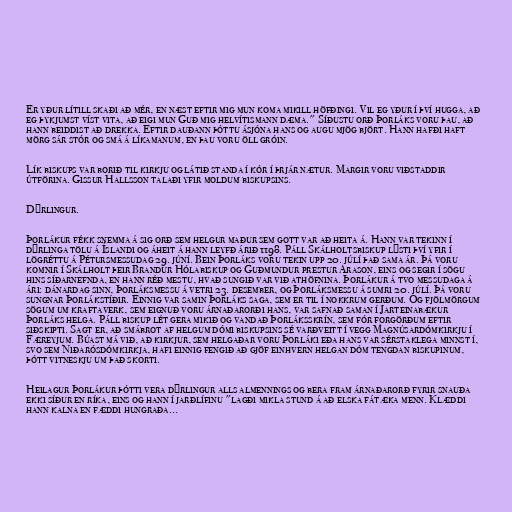
Er yður lítill skaði að mér, en næst eftir mig mun koma mikill höfðingi. Vil eg yður í því hugga, að
eg þykjumst víst vita, að eigi mun Guð mig helvítismann dæma." Síðustu orð Þorláks voru þau, að
hann beiddist að drekka. Eftir dauðann þóttu ásjóna hans og augu mjög björt. Hann hafði haft
mörg sár stór og smá á líkamanum, en þau voru öll gróin.

Lík biskups var borið til kirkju og látið standa í kór í þrjár nætur. Margir voru viðstaddir
útförina. Gissur Hallsson talaði yfir moldum biskupsins.

Dýrlingur.

Þorlákur fékk snemma á sig orð sem helgur maður sem gott var að heita á. Hann var tekinn í
dýrlinga tölu á Íslandi og áheit á hann leyfð árið 1198. Páll Skálholtsbiskup lýsti því yfir í
lögréttu á Pétursmessudag 29. júní. Bein Þorláks voru tekin upp 20. júlí það sama ár. Þá voru
komnir í Skálholt þeir Brandur Hólabiskup og Guðmundur prestur Arason, eins og segir í sögu
hins síðarnefnda, en hann réð mestu, hvað sungið var við athöfnina. Þorlákur á tvo messudaga á
ári: dánardag sinn, Þorláksmessu á vetri 23. desember, og Þorláksmessu á sumri 20. júlí. Þá voru
sungnar Þorlákstíðir. Einnig var samin Þorláks saga, sem er til í nokkrum gerðum. Og fjölmörgum
sögum um kraftaverk, sem eignuð voru árnaðarorði hans, var safnað saman í Jarteinabækur
Þorláks helga. Páll biskup lét gera mikið og vandað Þorláksskrín, sem fór forgörðum eftir
siðskipti. Sagt er, að smábrot af helgum dómi biskupsins sé varðveitt í vegg Magnúsardómkirkju í
Færeyjum. Búast má við, að kirkjur, sem helgaðar voru Þorláki eða hans var sérstaklega minnst í,
svo sem Niðarósdómkirkja, hafi einnig fengið að gjöf einhvern helgan dóm tengdan biskupinum,
þótt vitneskju um það skorti.

Heilagur Þorlákur þótti vera dýrlingur alls almennings og bera fram árnaðarorð fyrir snauða
ekki síður en ríka, eins og hann í jarðlífinu "lagði mikla stund á að elska fátæka menn. Klæddi
hann kalna en fæddi hungraða...